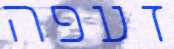
זעפה